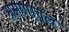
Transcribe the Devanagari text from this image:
श्रमणाचल